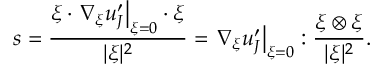
s = \frac { \boldsymbol { \xi } \cdot \left. \nabla _ { \boldsymbol { \xi } } \boldsymbol { u } _ { J } ^ { \prime } \right| _ { \boldsymbol { \xi } = 0 } \cdot \boldsymbol { \xi } } { | \boldsymbol { \xi } | ^ { 2 } } = \left. \nabla _ { \boldsymbol { \xi } } \boldsymbol { u } _ { J } ^ { \prime } \right| _ { \boldsymbol { \xi } = 0 } : \frac { \boldsymbol { \xi } \otimes \boldsymbol { \xi } } { | \boldsymbol { \xi } | ^ { 2 } } .